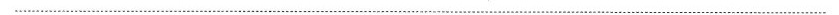
___